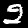
Digit: 2